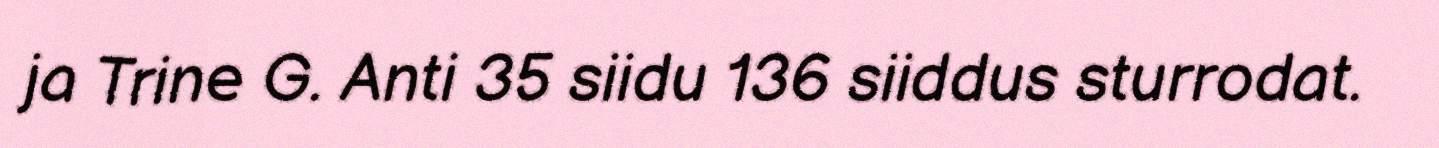
ja Trine G. Anti 35 siidu 136 siiddus sturrodat.